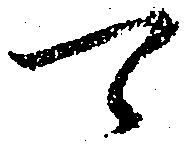
可